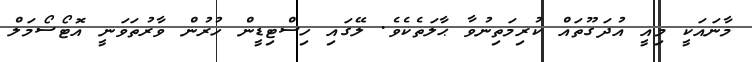
މާނައަކީ މިއީ އުދަގޫތައް ކުރިމަތިނުވާ ޙާލަތެކެވެ. ލޭގައި ހިސްޓިޑީން ހުރުން ވާރުތަވަނީ އޮޓޯސޯމަލް